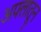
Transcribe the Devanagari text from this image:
अफ्लातून